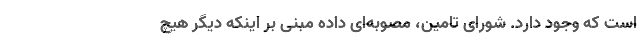
است که وجود دارد. شورای تامین، مصوبه‌ای داده مبنی بر اینکه دیگر هیچ